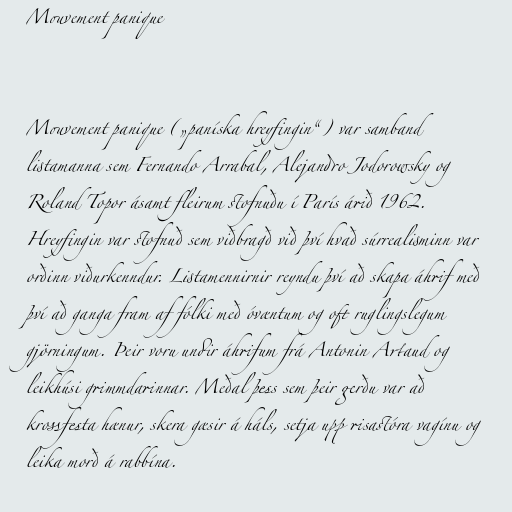
Mouvement panique

Mouvement panique („paníska hreyfingin“) var samband
listamanna sem Fernando Arrabal, Alejandro Jodorowsky og
Roland Topor ásamt fleirum stofnuðu í París árið 1962.
Hreyfingin var stofnuð sem viðbragð við því hvað súrrealisminn var
orðinn viðurkenndur. Listamennirnir reyndu því að skapa áhrif með
því að ganga fram af fólki með óvæntum og oft ruglingslegum
gjörningum. Þeir voru undir áhrifum frá Antonin Artaud og
leikhúsi grimmdarinnar. Meðal þess sem þeir gerðu var að
krossfesta hænur, skera gæsir á háls, setja upp risastóra vagínu og
leika morð á rabbína.